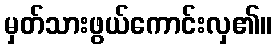
မှတ်သားဖွယ်ကောင်းလှ၏။